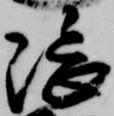
隈